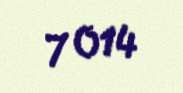
7 014